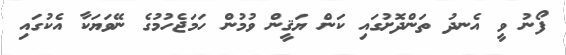
ފޯނު ވީ އެނދު ތަންދޮށުގައި ކަން ޔަޤީން ވުމުން ހަމަޖެހުމުގެ ނޭވަޔަކާ އެކުގައި